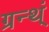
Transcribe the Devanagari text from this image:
ग्रन्थ्ं